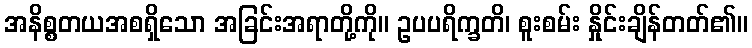
အနိစ္စတယအစရှိသော အခြင်းအရာတို့ကို။ ဥပပရိက္ခတိ၊ စူးစမ်း နှိုင်းချိန်တတ်၏။